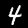
Label: 4